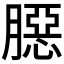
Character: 𦠲